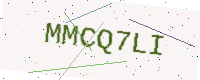
Text: MMCQ7LI